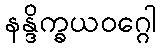
နန္ဒိက္ခယဝဂ္ဂေါ